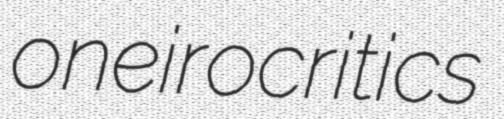
oneirocritics